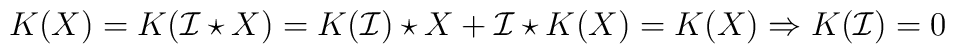
K(X)=K(\mathcal{I}\star X)=K(\mathcal{I})\star X+\mathcal{I}\star K(X)=K(X) \Rightarrow K(\mathcal{I})=0